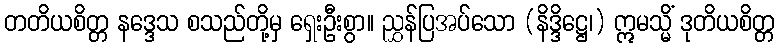
တတိယစိတ္တ နဒ္ဒေသ စသည်တို့မှ ရှေးဦးစွာ။ ညွှန်ပြအပ်သော (နိဒ္ဒိဋ္ဌေ၊) ဣမသ္မိံ ဒုတိယစိတ္တ